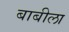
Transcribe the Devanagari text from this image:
बाबीला